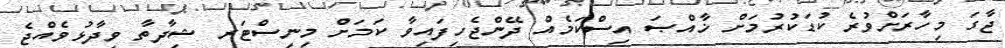
ޖާގަ މިހާރަށްވުރެ ކުޑަކުރުމަށް ޚާއްޞަ އިސްކަމެއް ދޭންޖެހިފައިވާ ކަމަށް މިނިސްޓަރ ޝިދާތާ ވިދާޅުވެއްޖެ